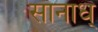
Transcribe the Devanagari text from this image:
सानाध्